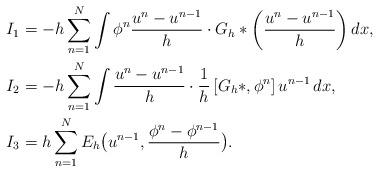
LaTeX: \begin{align*}I_1 &= -h \sum_{n=1}^N \int \phi^n \frac{ u^n-u^{n-1}}{h} \cdot G_h\ast\left( \frac{u^n-u^{n-1}}{h}\right) dx,\\ I_2 & = - h\sum_{n=1}^N \int \frac{u^n-u^{n-1}}{h} \cdot \frac1h \left[ G_h \ast, \phi^n \right] u^{n-1} \,dx,\\ I_3 & = h\sum_{n=1}^N E_h\big(u^{n-1},\frac{\phi^n-\phi^{n-1}}{h}\big). \end{align*}